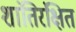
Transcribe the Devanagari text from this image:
शांतिरंक्षित